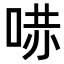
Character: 𠵢